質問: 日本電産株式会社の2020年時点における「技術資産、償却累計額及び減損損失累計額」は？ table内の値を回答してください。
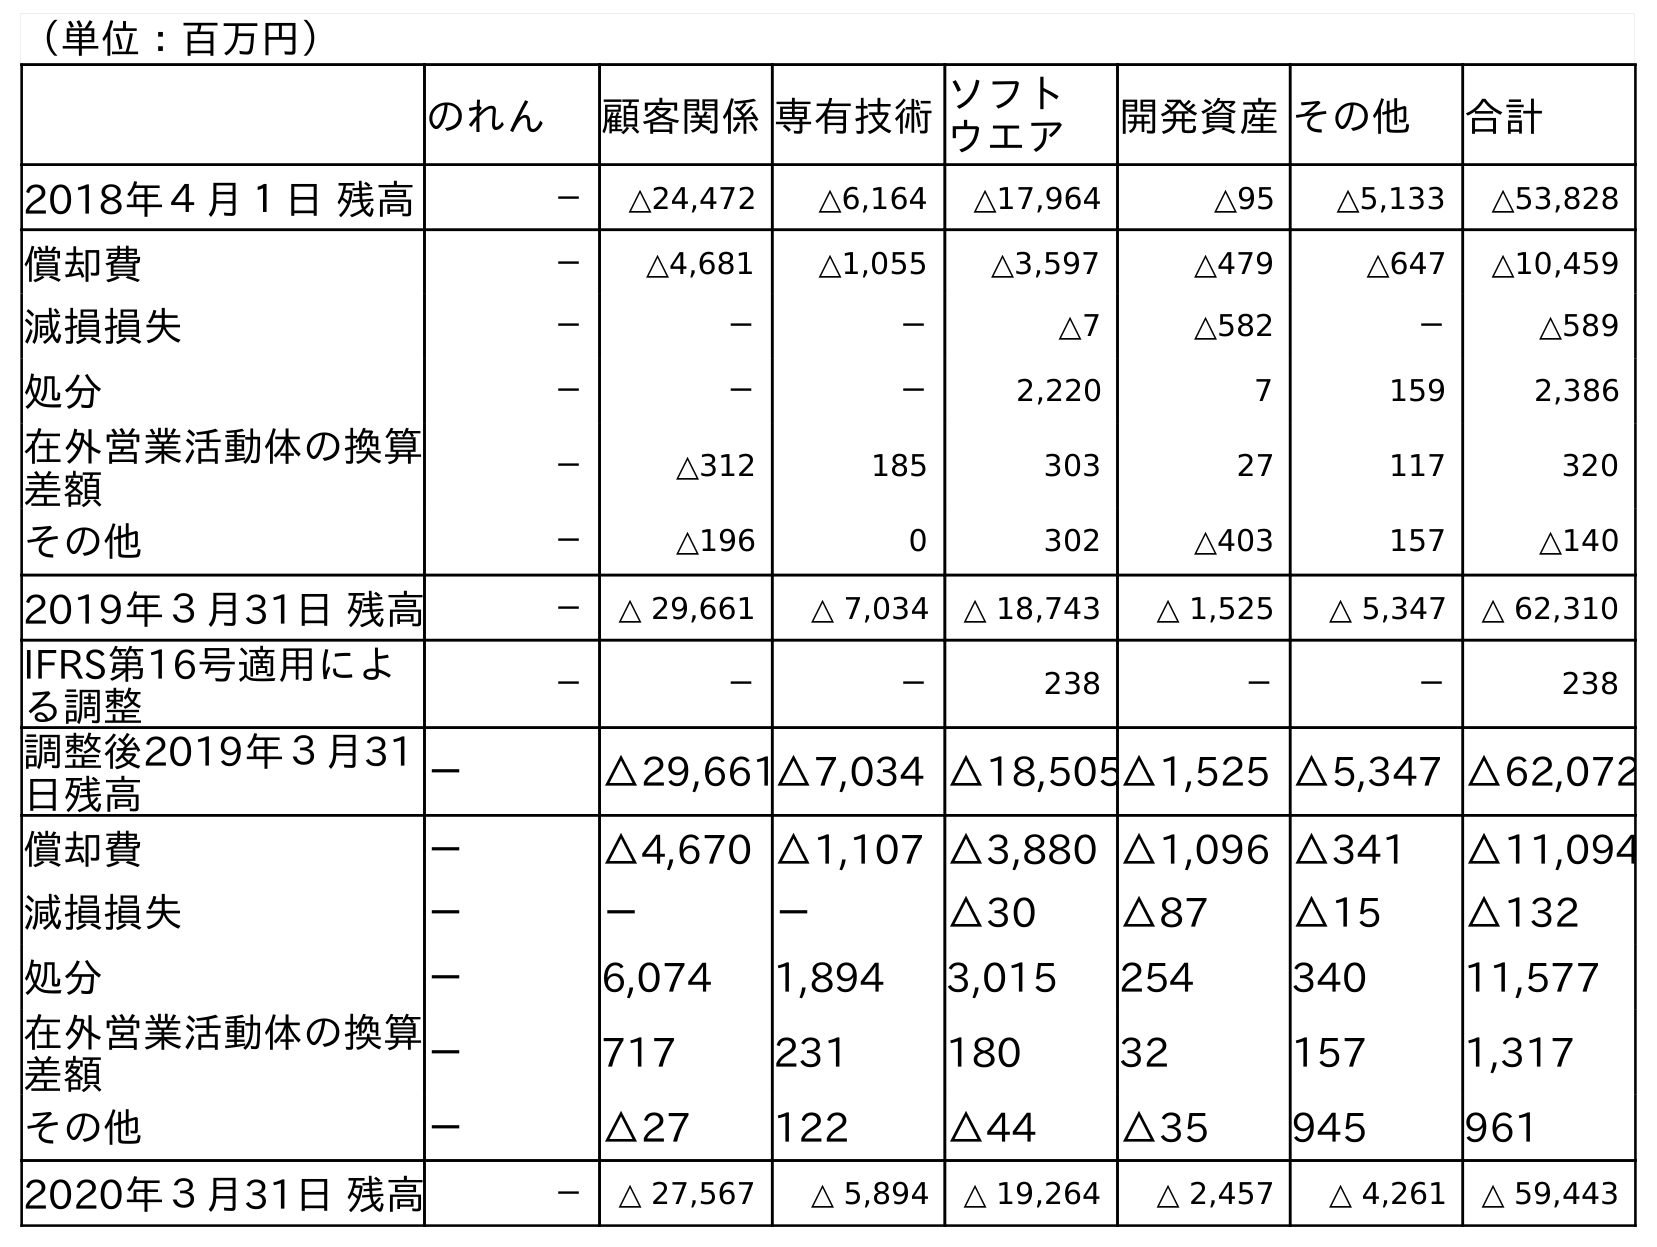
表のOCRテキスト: （単位：百万円） のれん 顧客関係専有技術ソフト ウエア 開発資産その他 合計 2018年４月１日 残高 － △24,472 △6,164 △17,964 △95 △5,133 △53,828 償却費 － △4,681 △1,055 △3,597 △479 △647 △10,459 減損損失 － － － △7 △582 － △589 処分 － － － 2,220 7 159 2,386 在外営業活動体の換算 差額 － △312 185 303 27 117 320 その他 － △196 0 302 △403 157 △140 2019年３月31日 残高 － △ 29,661 △ 7,034 △ 18,743 △ 1,525 △ 5,347 △ 62,310 IFRS第16号適用によ る調整 － － － 238 － － 238 調整後2019年３月31 日残高 － △29,661△7,034 △18,505△1,525 △5,347 △62,072 償却費 － △4,670 △1,107 △3,880 △1,096 △341 △11,094 減損損失 － － － △30 △87 △15 △132 処分 － 6,074 1,894 3,015 254 340 11,577 在外営業活動体の換算 差額 － 717 231 180 32 157 1,317 その他 － △27 122 △44 △35 945 961 2020年３月31日 残高 － △ 27,567 △ 5,894 △ 19,264 △ 2,457 △ 4,261 △ 59,443
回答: △5,894